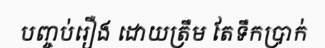
បញ្ចប់រឿង ដោយត្រឹម តែទឹកប្រាក់